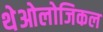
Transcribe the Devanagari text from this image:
थेओलोजिकल